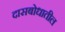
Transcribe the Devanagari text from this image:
दासबोधातील